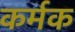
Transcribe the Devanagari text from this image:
कर्मक